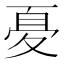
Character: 𱘤